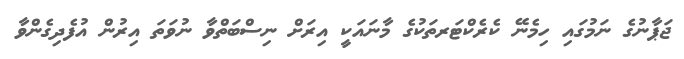
ޖަޕާނުގެ ނަމުގައި ހިމެނޭ ކެރެކްޓަރތަކުގެ މާނައަކީ އިރަށް ނިސްބަތްވާ ނުވަތަ އިރުން އުފެދިގެންވާ